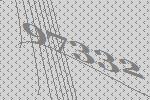
97332